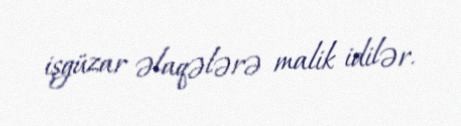
işgüzar əlaqələrə malik idilər.